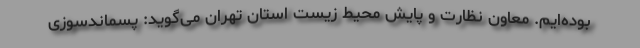
بوده‌ایم. معاون نظارت و پایش محیط زیست استان تهران می‌گوید: پسماندسوزی